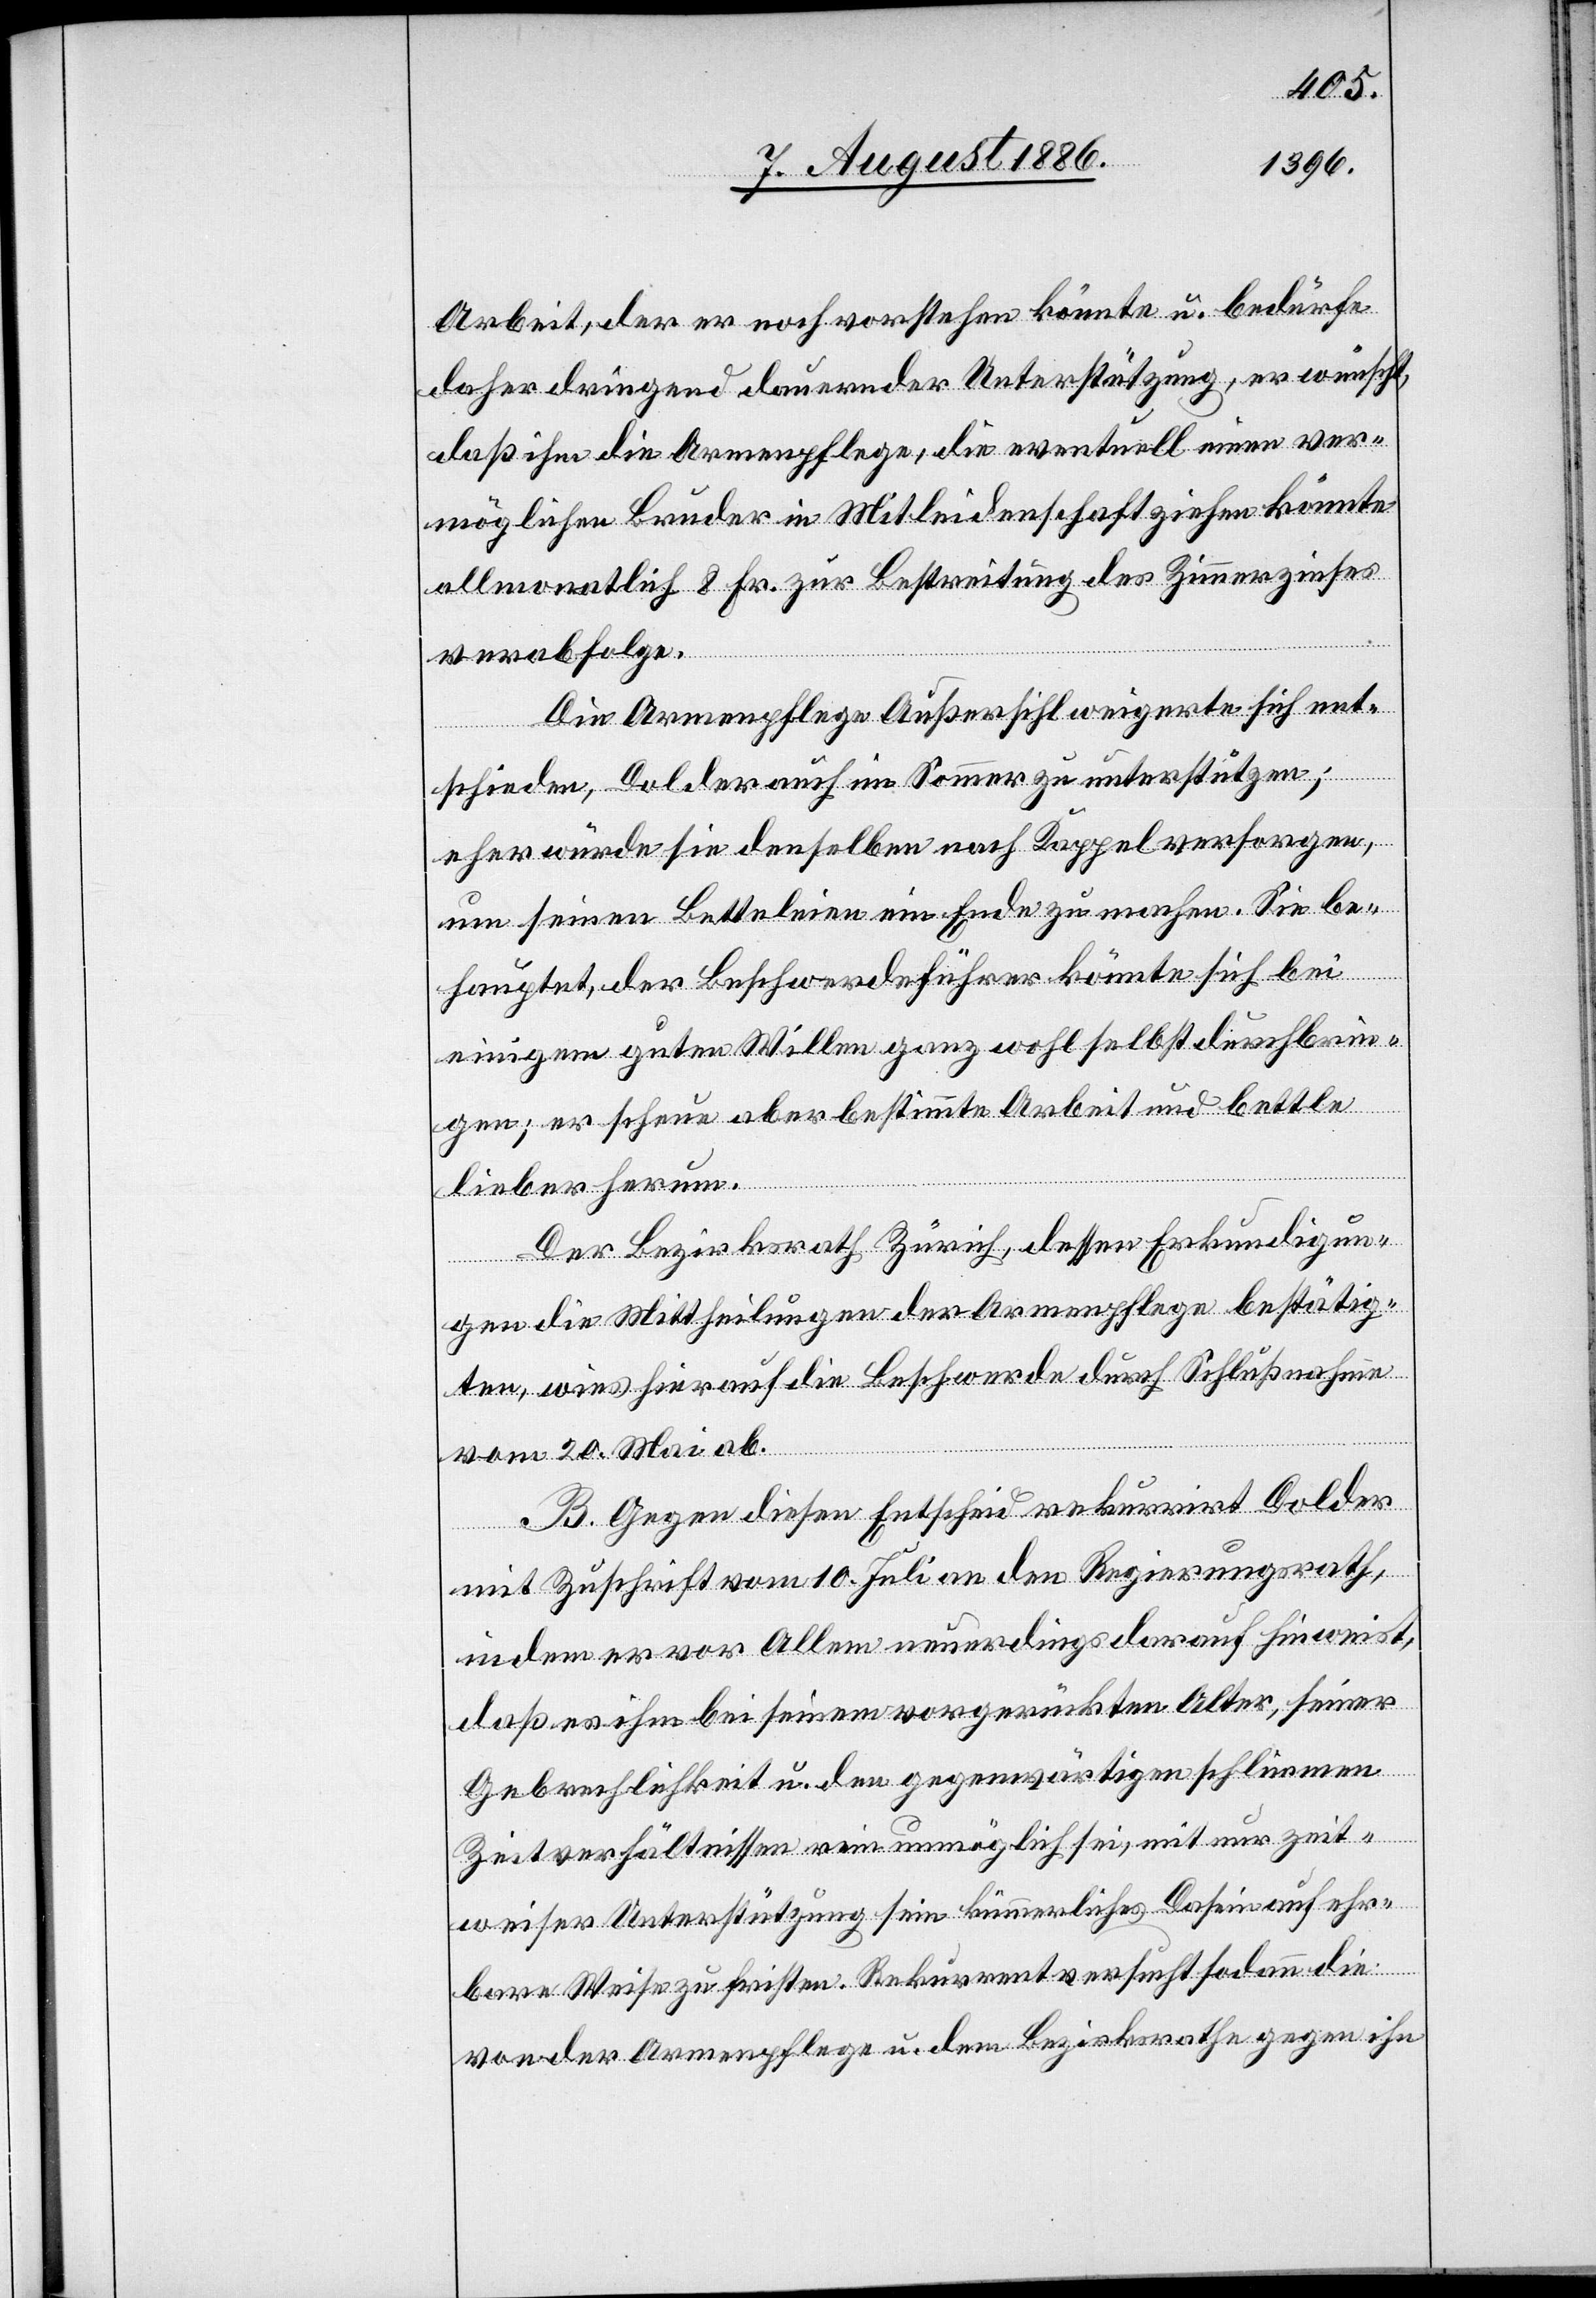
Arbeit, der er noch vorstehen könnte u. bedürfe
daher dringend dauernder Unterstützung, er wünscht,
daß ihm die Armenpflege, die eventuell einen ver¬
möglichen Bruder in Mitleidenschaft ziehen könnte
allmonatlich 8 Fr. zur Bestreitung des Zimmerzinses
verabfolge.
Die Armenpflege Außersihl weigerte sich ent¬
schieden, Dolder auch im Sommer zu unterstützen;
eher würde sie denselben nach Kappel versorgen,
um seinen Betteleien ein Ende zu machen. Sie be¬
hauptet, der Beschwerdeführer könnte sich bei
einigem guten Willen ganz wohl selbst durchbrin¬
gen; er scheue aber bestimmte Arbeit und bettle
lieber herum.
Der Bezirksrath Zürich, dessen Erkundigun¬
gen die Mittheilungen der Armenpflege bestätig¬
ten, wies hierauf die Beschwerde durch Schlußnahme
vom 20. Mai ab.
B. Gegen diesen Entscheid rekurrirt Dolder
mit Zuschrift vom 10. Juli an den Regierungsrath,
in dem er vor Allem neuerdings drauf hinweist,
daß es ihm bei seinem vorgerückten Alter, seiner
Gebrechlichkeit u. den gegenwärtigen schlimmen
Zeitverhältnissen rein unmöglich sei, mit nur zeit¬
weiser Unterstützung sein kümmerliches Dasein auf ehr¬
bare Weise zu fristen. Rekurrent ersucht sodann die
von der Armenpflege u. dem Bezirksrathe gegen ihn